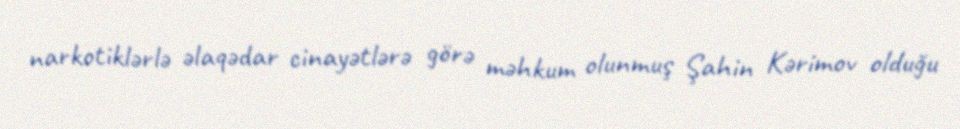
narkotiklərlə əlaqədar cinayətlərə görə məhkum olunmuş Şahin Kərimov olduğu